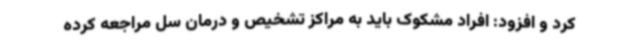
کرد و افزود: افراد مشکوک باید به مراکز تشخیص و درمان سل مراجعه کرده